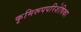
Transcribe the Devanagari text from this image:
कृमिरूपपरिशेषिका